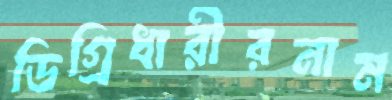
ডিগ্রিধারীরনাম